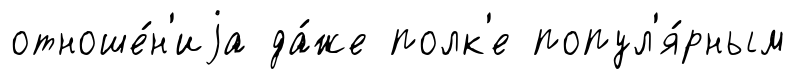
отноше́н'иjа да́же полк'е попул'я́рным